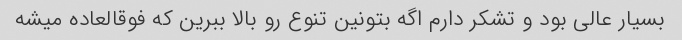
بسیار عالی بود و تشکر دارم اگه بتونین تنوع رو بالا ببرین که فوقالعاده میشه